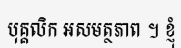
បុគ្គលិក អសមត្ថភាព ។ ខ្ញុំ